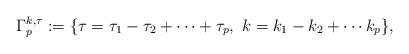
LaTeX: \begin{align*} \Gamma^{k,\tau}_p &:=\{\tau = \tau_1-\tau_2+\cdots+\tau_p,\,\,k=k_1-k_2+\cdots k_p\},\end{align*}